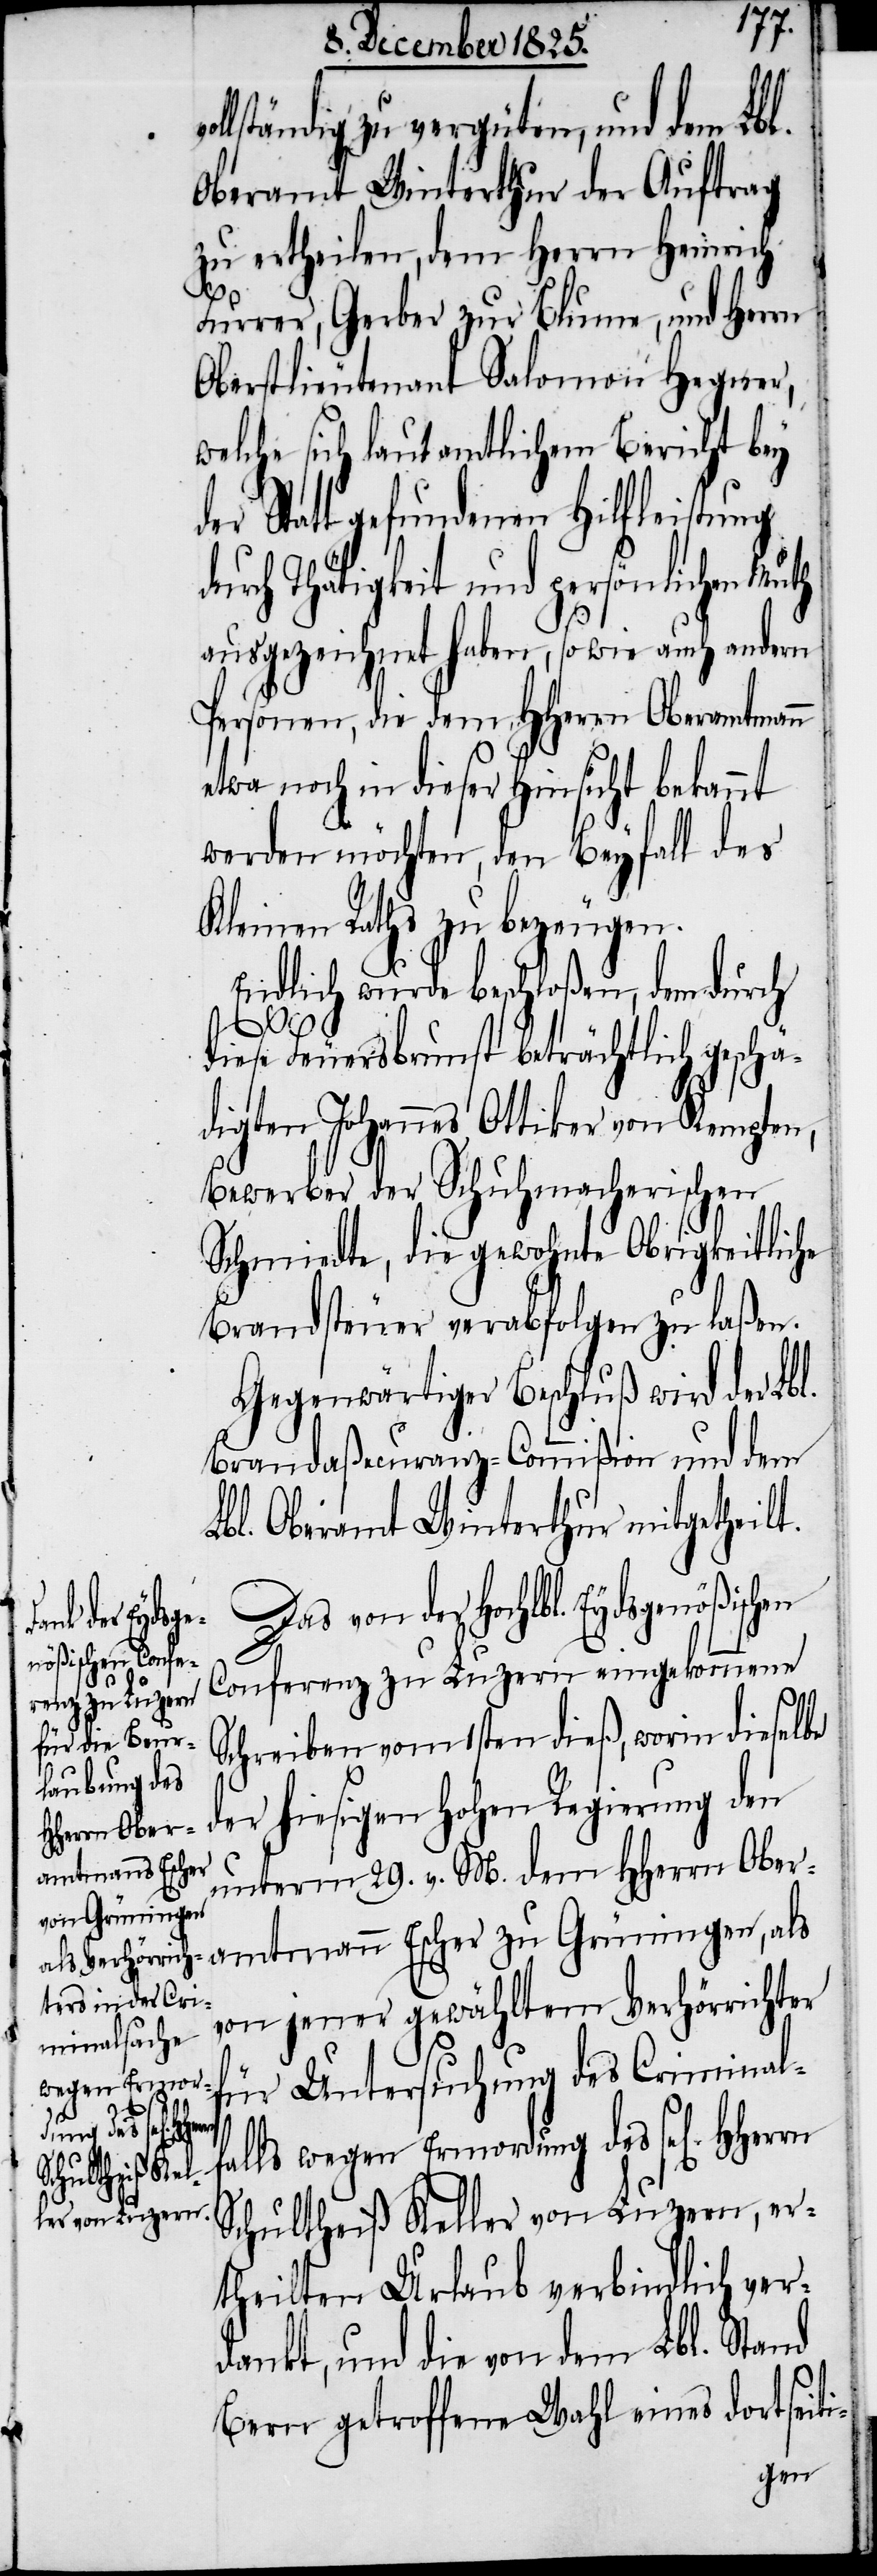
llständig zu vergüten, und dem Lbl.
Oberamt Winterthur der Auftrag
zu ertheilen, dem Herrn Heinrich
Furrer, Gerber zur Blume, und Herrn
Oberstlieutenant Salomon Hegner,
welche sich laut amtlichem Bericht bey
Statt gefundenen Hilfleistung
durch Thätigkeit und persönlichen Muth
ausgezeichnet haben, sowie auch andern
Personen, die dem HHerrn Oberamtmann
etwa noch in dieser Hinsicht bekannt
werden möchten, den Beyfall des
Kleinen Raths zu bezeugen.
Endlich wurde beschloßen, dem durch
vo¬
diese Feuersbrunst beträchtlich geschä¬
digten Johannes Ottiker von Kempten,
Bewerber der Schuhmacherischen
Schmidte, die gewohnte Obergerich¬
Brandsteuer verabfolgen zu laßen.
Gegenwärtiger Beschluß wird der Lbl.
Brandaßecuranz-Commißion und dem
Lbl. Oberamt Winterthur mitgetheilt.
Das von der Hochlbl. Eydsgenößischen
Conferenz zu Luzern eingekommene
Schreiben vom 1sten dieß, worin dieselbe
der hiesigen hohen Regierung den
unterm 29. v. M. dem HHerrn Ober¬
amtmann Escher zu Grüningen, als
von jener gewähltem Verhörrichter
für Untersuchung des Crimi¬
wegen Ermord¬
ung des sel[i¬
Schultheiß Keller von Luzern, er¬
theilten Urlaub verbindlich ver¬
dankt, und die von dem Lbl. Stand
Bern getroffene Wahl eines dortseiti-
gen]